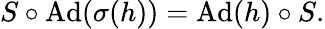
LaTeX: \displaystyle{S\circ\mathrm{Ad}(\sigma(h))=\mathrm{Ad}(h)\circ S.}